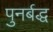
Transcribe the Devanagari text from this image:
पुनर्बद्ध